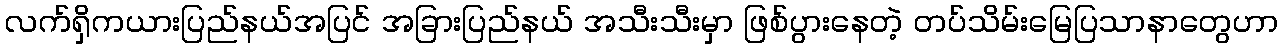
လက်ရှိကယားပြည်နယ်အပြင် အခြားပြည်နယ် အသီးသီးမှာ ဖြစ်ပွားနေတဲ့ တပ်သိမ်းမြေပြသာနာတွေဟာ